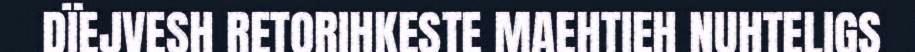
DÏEJVESH RETORIHKESTE MAEHTIEH NUHTELIGS